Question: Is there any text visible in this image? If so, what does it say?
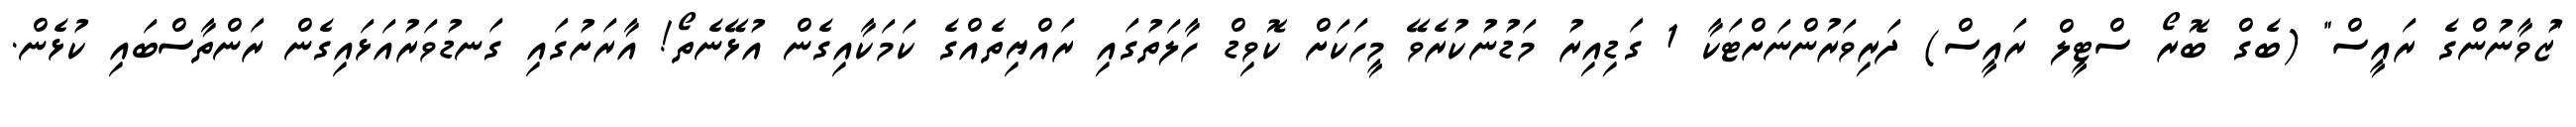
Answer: "ޒުވާނުންގެ ރައީސް" (ބެގް ބޮރޯ ސްޓީލް ރައީސް) ދަރިވަރުންނަށްޓަކާ 1 ގަޑިއިރު މަޑުނުކުރެވޭ މީހަކަށް ކޮވިޑް ހާލަތުގައި ރައްޔިތެއްގެ ކަމަކާއިގެން އުޅޭނެތޯ! އާރަށުގައި ގަނޑުވަރުއަޅައިގެން ރަންތާސްބައި ކުޅެން.